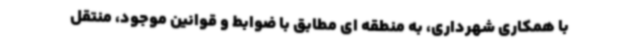
با همکاری شهرداری، به منطقه ای مطابق با ضوابط و قوانین موجود، منتقل